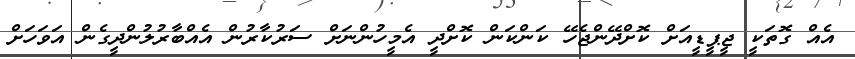
އެއް ގޮތަކީ ޖީޕީޑީއަށް ކޮށްދޭންޖެހޭ ކަންކަން ކޮށްދީ އެމީހުންނަށް ސަރުކާރުން އެއްބާރުލުންދީގެން އަވަހަށް